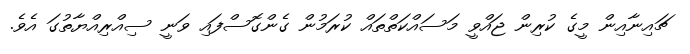
ޗައިނާއިން މީގެ ކުރިން ޖައްވީ މަސައްކަތްތައް ކުރަމުން ގެންގޮސްފައި ވަނީ ސިއްރިއްޔާތުގަ އެވެ.